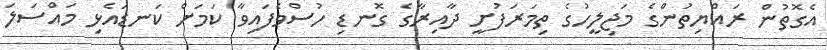
އެގޮތުން ރައްޔިތުންގެ މަޖިލީހުގެ ތިމަރަފުށީ ދާއިރާގެ ގޮނޑި ހުސްވެފައިވާ ކަމަށް ކަނޑައެޅި މައްސަލަ